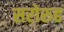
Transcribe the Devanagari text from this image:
सरोरुह